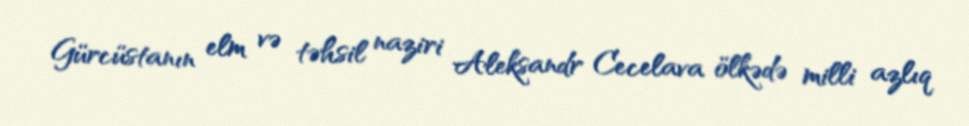
Gürcüstanın elm və təhsil naziri Aleksandr Cecelava ölkədə milli azlıq